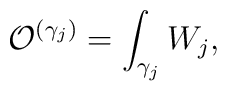
{\cal O}^{(\gamma_j)} = \int_{\gamma_j} W_j,